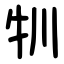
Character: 㸪